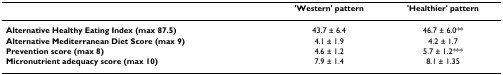
<table><thead><tr><td></td><td><b>&#x27;Western&#x27; pattern</b></td><td><b>&#x27;Healthier&#x27; pattern</b></td></tr></thead><tbody><tr><td><b>Alternative Healthy Eating Index (max 87.5)</b></td><td>43.7 ± 6.4</td><td>46.7 ± 6.0**</td></tr><tr><td><b>Alternative Mediterranean Diet Score (max 9)</b></td><td>4.1 ± 1.9</td><td>4.2 ± 1.7</td></tr><tr><td><b>Prevention score (max 8)</b></td><td>4.6 ± 1.2</td><td>5.7 ± 1.2***</td></tr><tr><td><b>Micronutrient adequacy score (max 10)</b></td><td>7.9 ± 1.4</td><td>8.1 ± 1.35</td></tr></tbody></table>